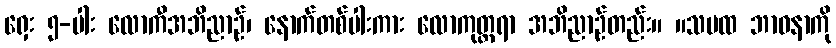
ရှေး ၅-ပါး လောကီအဘိညာဉ်၊ နောက်တစ်ပါးကား လောကုတ္တရာ အဘိညာဉ်တည်း။ ။သမထ ဘာဝနာကို